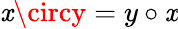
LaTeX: \mathit{x}\circy=y\circ\mathit{x}